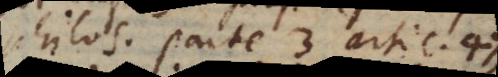
philos. parte 3 artic. 47).